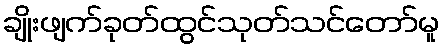
ချိုးဖျက်ခုတ်ထွင်သုတ်သင်တော်မူ